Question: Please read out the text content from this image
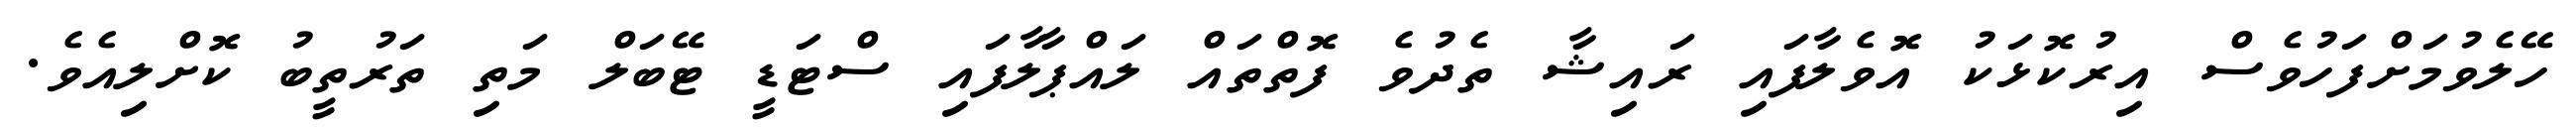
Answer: ހޭލެވުމަށްފަހުވެސް އިރުކޮޅަކު އޮވެލާފައި ރައިޝާ ތެދުވެ ފޮތްތައް ލައްޕާލާފައި ސްޓަޑީ ޓޭބަލް މަތި ތަރުތީބު ކޮށްލިއެވެ.